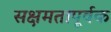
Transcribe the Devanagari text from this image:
सक्षमतापूर्वक